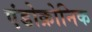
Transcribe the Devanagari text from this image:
एंडोक्रोनिक